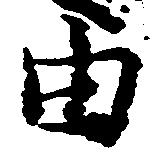
由